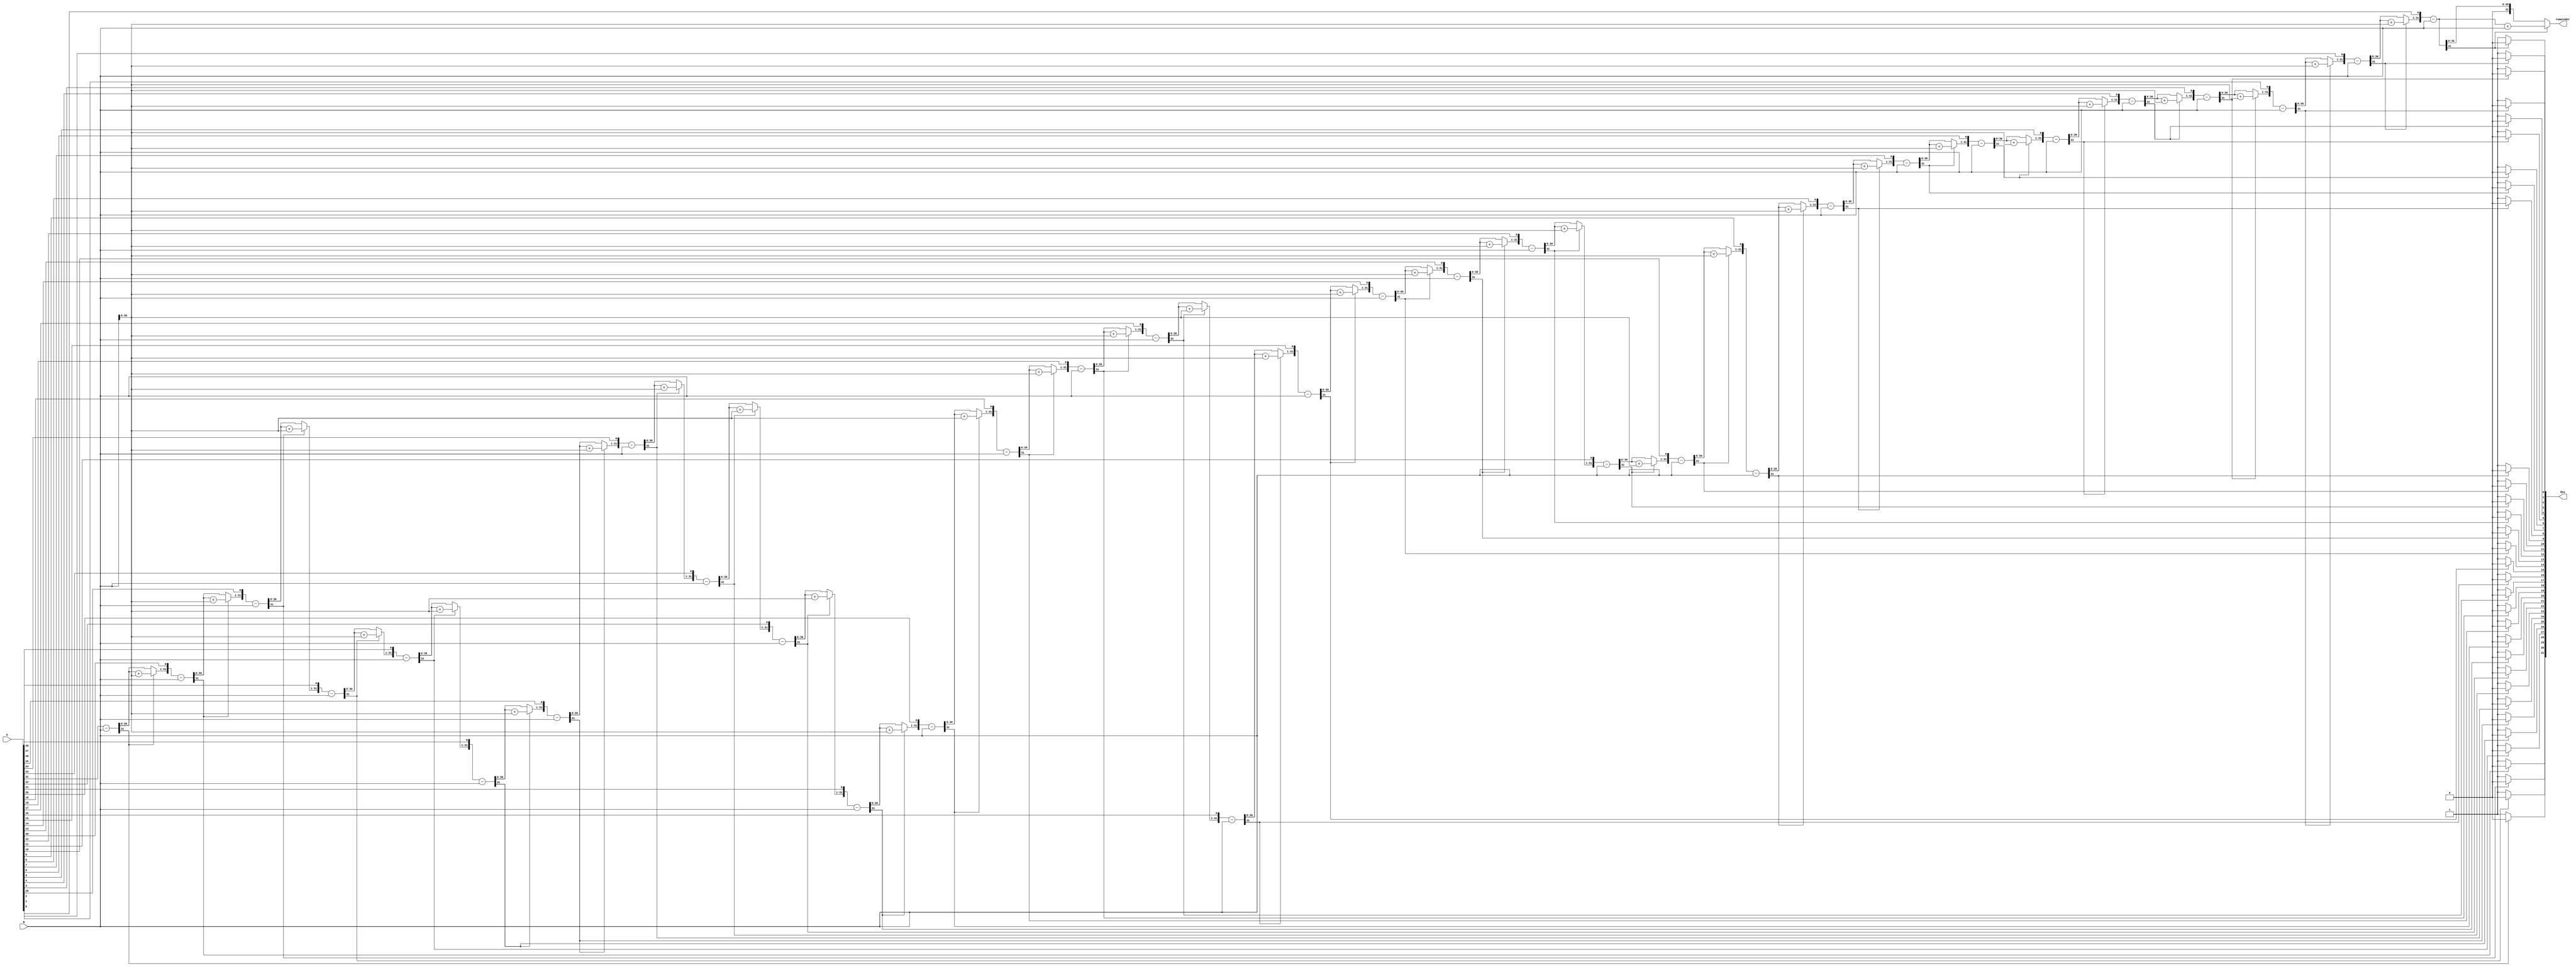
`timescale 1ns / 1ps
//////////////////////////////////////////////////////////////////////////////////
// Company: 
// Engineer: 
// 
// Design Name: 
// Module Name:    divider32 
// Project Name: 
// Target Devices: 
// Tool versions: 
// Description: 
//
// Dependencies: 
//
// Revision: 
// Revision 0.01 - File Created
// Additional Comments: 
//
//////////////////////////////////////////////////////////////////////////////////
module Divider32(A,B,Res,remainder);

    //the size of input and output ports of the division module is generic.
    parameter WIDTH = 32;
    //input and output ports.
    input [WIDTH-1:0] A;
    input [WIDTH-1:0] B;
    output [WIDTH-1:0] Res;
	 output reg [WIDTH-1:0] remainder;
    //internal variables    
    reg [WIDTH-1:0] Res = 0;
    reg [WIDTH-1:0] a1,b1;
    reg [WIDTH:0] p1;      
	 reg [7:0]remainderL;	 //		oneBit= 0;
    integer i;

    always@ (A or B)
    begin
        //initialize the variables.
        a1 = A;		//operand1
        b1 = B;		//operand2
        p1= 0;			//oneBit
        for(i=0;i < WIDTH;i=i+1)    begin //start the for loop
            p1 = {p1[WIDTH-2:0],a1[WIDTH-1]};
            a1[WIDTH-1:1] = a1[WIDTH-2:0];
            p1 = p1-b1;
            if(p1[WIDTH-1] == 1)    begin
                a1[0] = 0;			//operand2
                p1 = p1 + b1;   end	//onebit=onebit+operand1
            else
                a1[0] = 1;
        end
        Res = a1;   
		  {remainderL,remainder} = p1;
	 
	 end 

endmodule